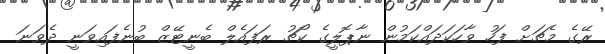
ރޭގެ މެޗަށް ފަހު ވާހަކަދައްކަމުން ނާޕޮލީގެ ކޯޗު ރަފައެލް ބެނީޓޭޒް ބުނެފައިވަނީ ދެވަނަ